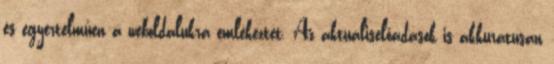
és egyértelműen a weboldalukra emlékeztet. Az aktuáliselőadások is akkurátusan